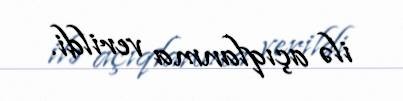
ilə açıqlanma verildi.